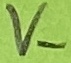
Text: V-